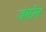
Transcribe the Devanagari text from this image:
जेमीन